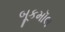
બૂકમૉલ